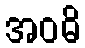
အဝဓိ